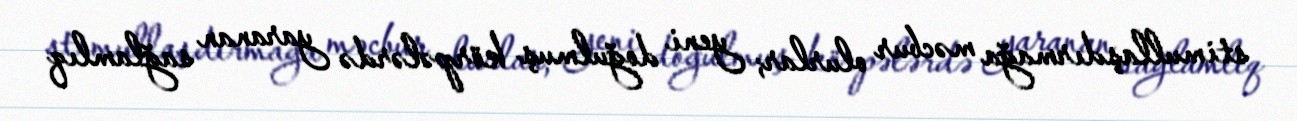
stimullaşdırmağa məcbur olurlar; yeni doğulmuş körpələrdə yaranan sağlamlıq